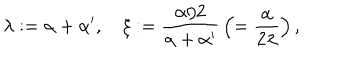
LaTeX: \lambda : = \alpha + \alpha ^ { \prime } , \quad \xi : = { \frac { \alpha / 2 } { \alpha + \alpha ^ { \prime } } } \left( = { \frac { \alpha } { 2 \lambda } } \right) ,